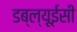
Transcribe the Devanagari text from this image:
डब्ल्यूईसी